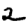
Digit: 2